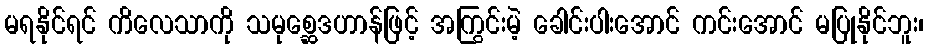
မရနိုင်ရင် ကိလေသာကို သမုစ္ဆေဒဟာန်ဖြင့် အကြွင်းမဲ့ ခေါင်းပါးအောင် ကင်းအောင် မပြုနိုင်ဘူး၊